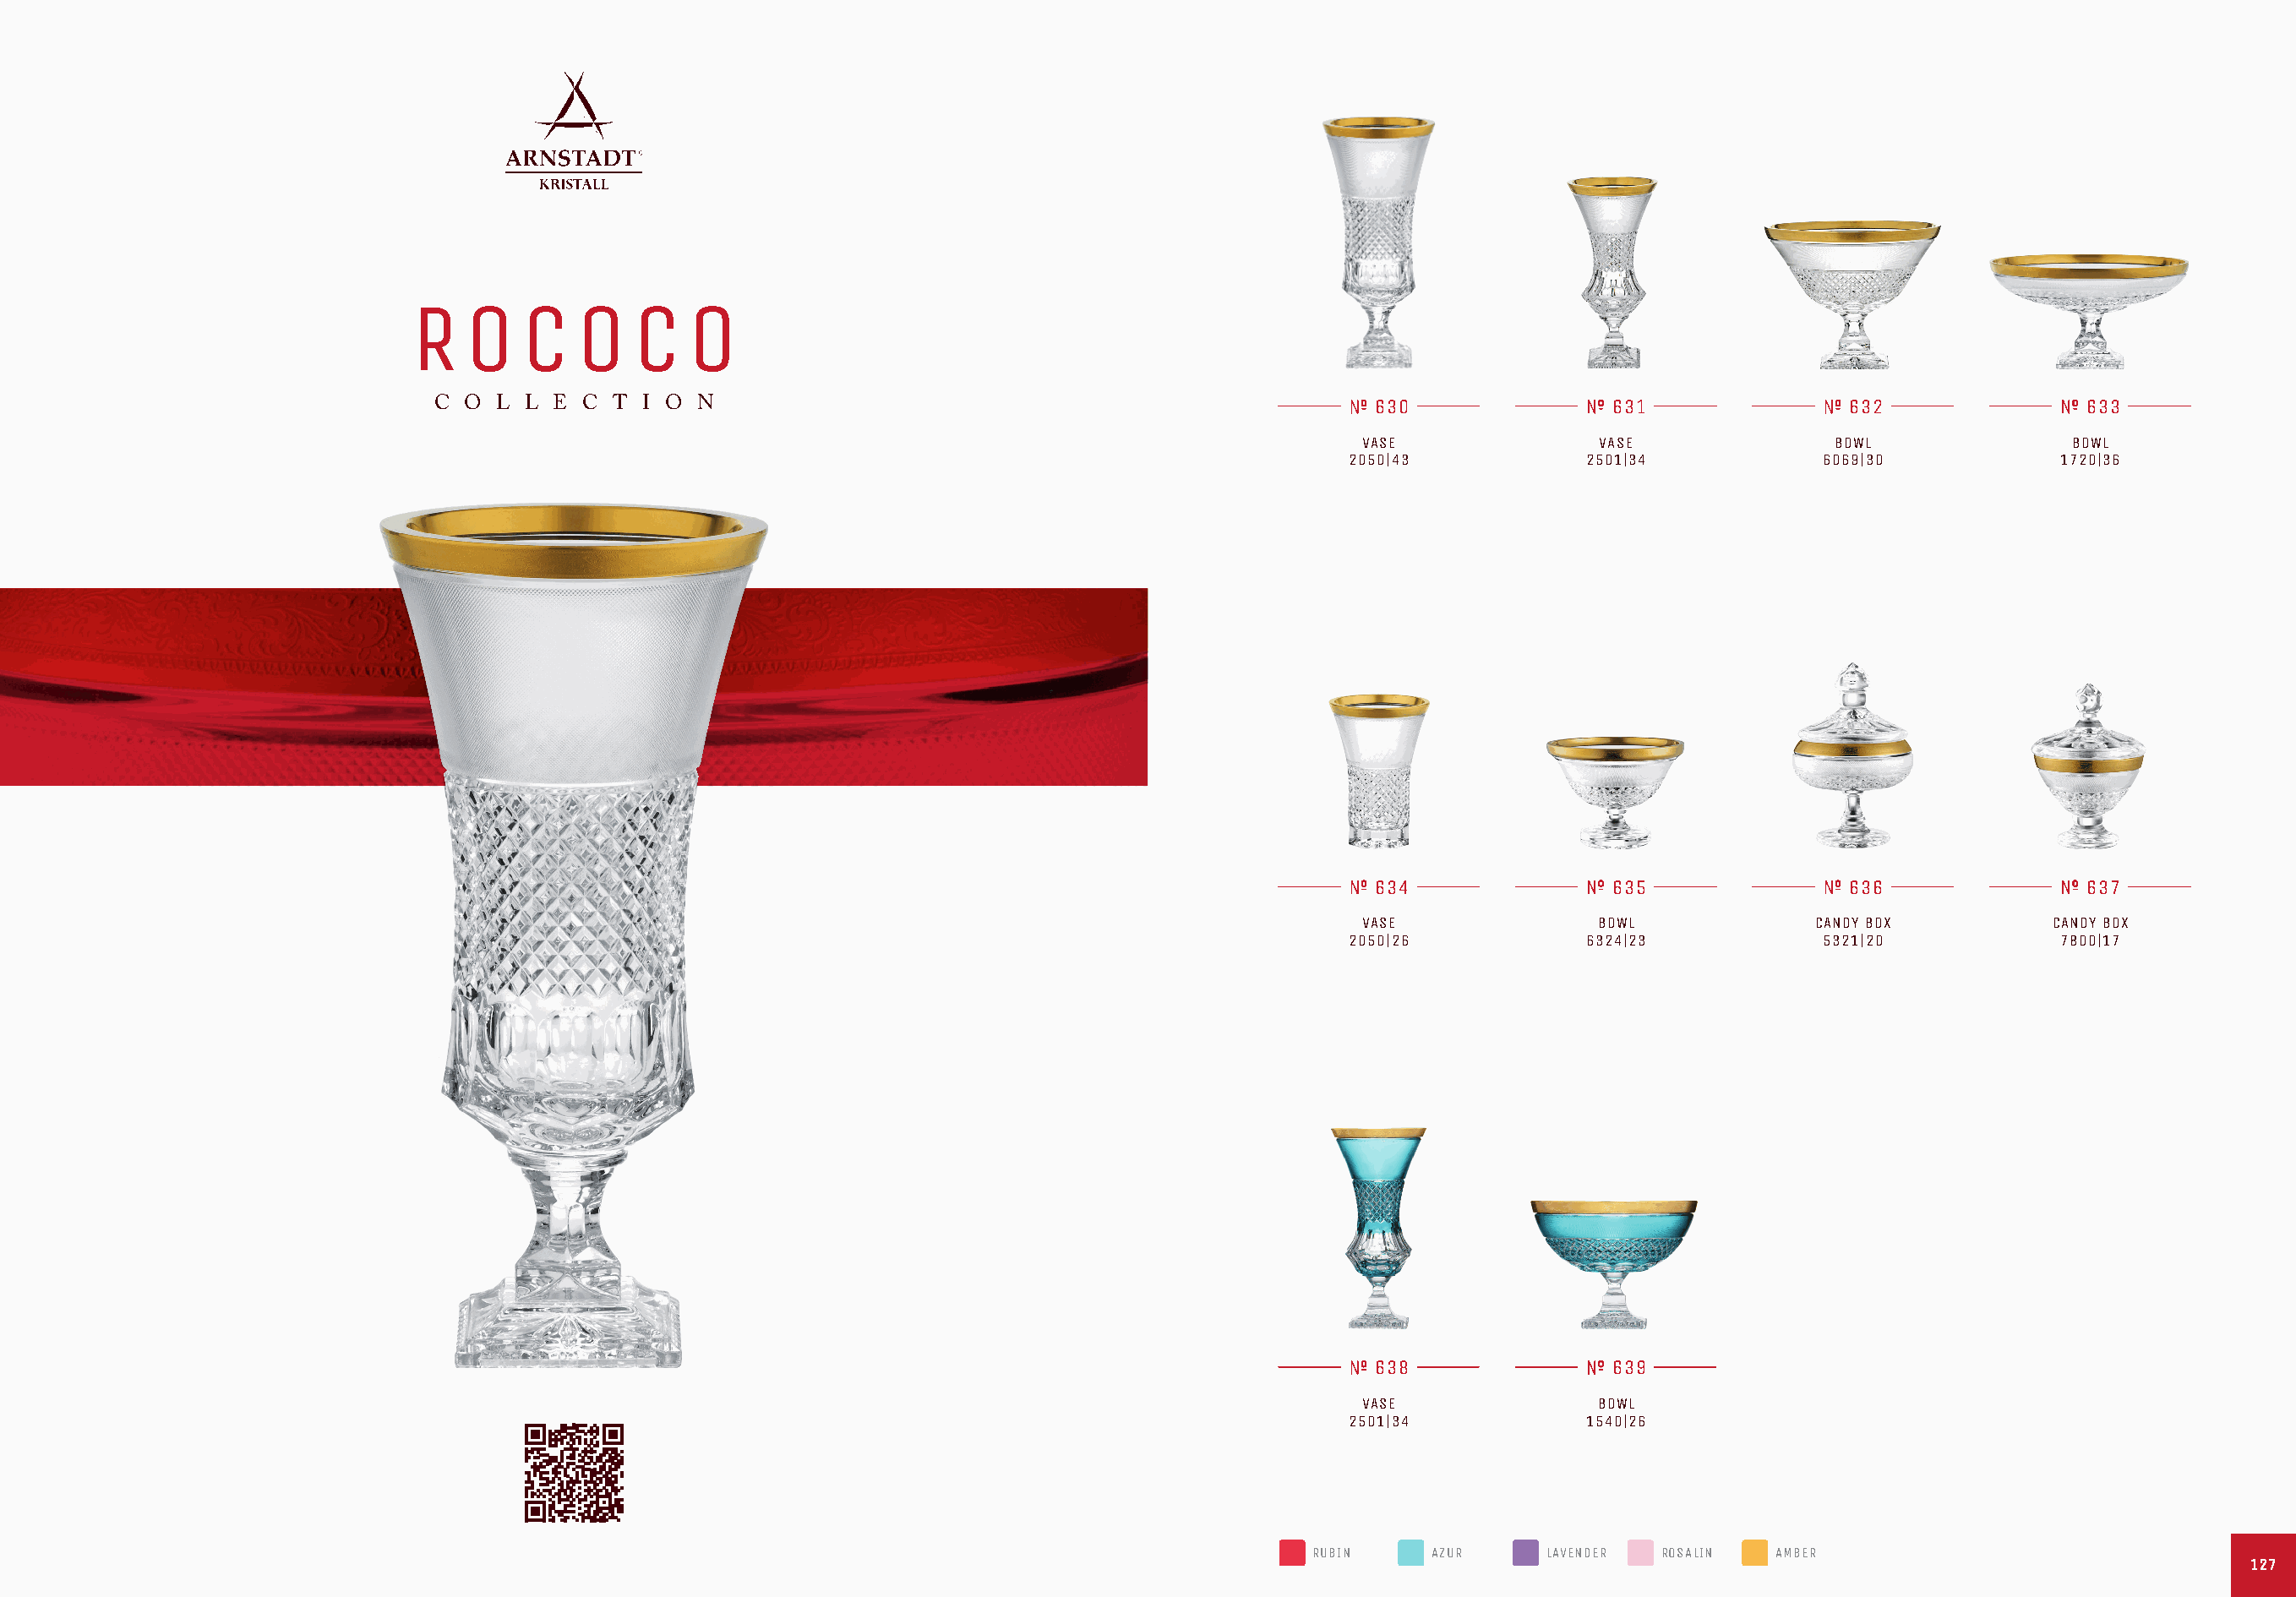
R   O    C   O    C   O
 C O  L L E  C T I O  N                                                    630               631                632               633
 VASE              VASE               BOWL              BOWL
 2050|43           2501|34            6069|30           1720|36
 634               635                636               637
 VASE              BOWL             CANDY BOX          CANDY BOX
 2050|26           6324|23            5321|20           7800|17
 638               639
 VASE              BOWL
 2501|34           1540|26
 RUBIN    AZUR     LAVENDER ROSALIN  AMBER
 112277